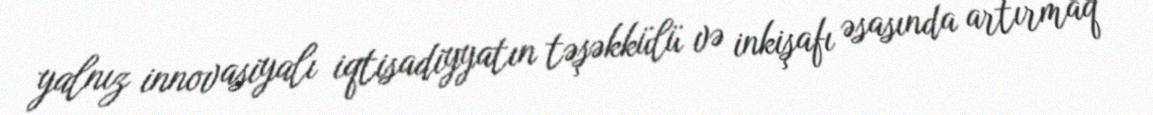
yalnız innovasiyalı iqtisadiyyatın təşəkkülü və inkişafı əsasında artırmaq